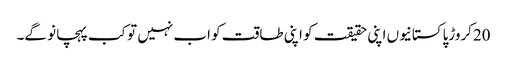
20کروڑپاکستانیوں اپنی حقیقت کو اپنی طاقت کو اب نہیں تو کب پہچانو گے۔